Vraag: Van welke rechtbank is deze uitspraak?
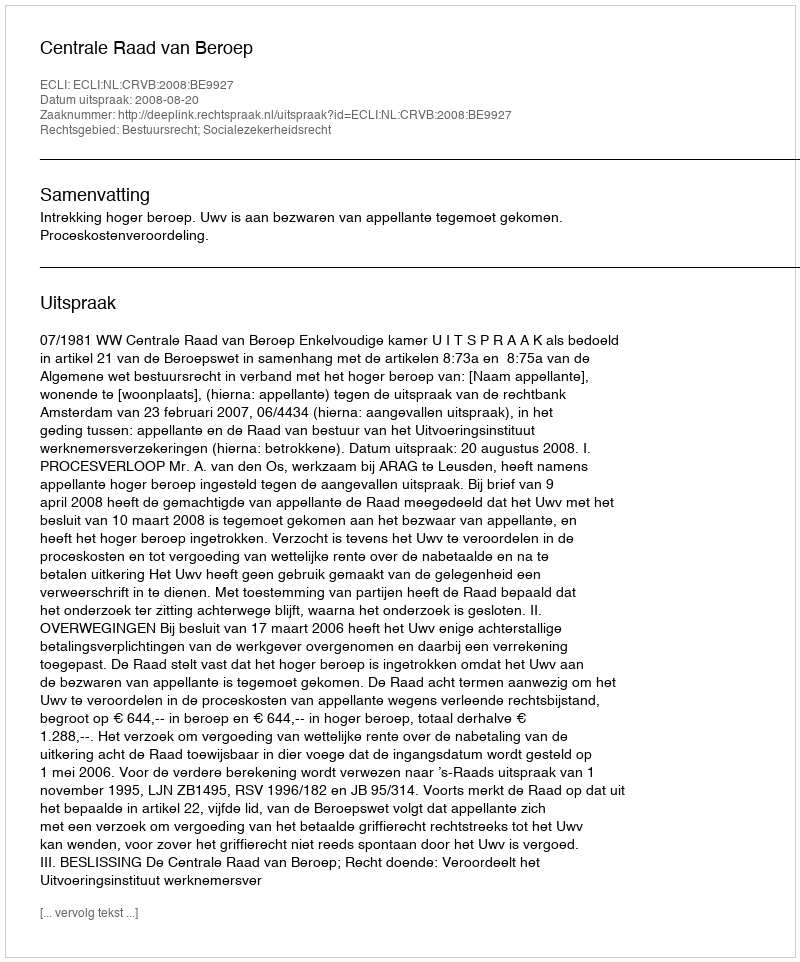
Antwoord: Centrale Raad van Beroep